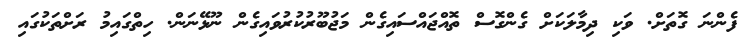
ފެންނަ ގޮތަށް. ވަކި ދިމާލަކަށް ގެންގޮސް ތޮއްޖައްސައިގެން މަޖުބޫރުކުރުވައިގެން ނޫޅޭނަން. ހިތްގައިމު ރަށްތަކުގައި